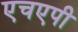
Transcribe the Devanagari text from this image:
एचएपी